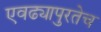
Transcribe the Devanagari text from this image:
एवढ्यापुरतेच